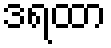
ဒရထာ